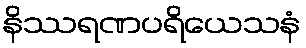
နိဿရဏပရိယေသနံ